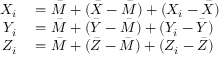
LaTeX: \begin{array} { r l } { X _ { i } } & { { } = { \bar { M } } + ( { \bar { X } } - { \bar { M } } ) + ( X _ { i } - { \bar { X } } ) } \\ { Y _ { i } } & { { } = { \bar { M } } + ( { \bar { Y } } - { \bar { M } } ) + ( Y _ { i } - { \bar { Y } } ) } \\ { Z _ { i } } & { { } = { \bar { M } } + ( { \bar { Z } } - { \bar { M } } ) + ( Z _ { i } - { \bar { Z } } ) } \end{array}